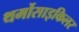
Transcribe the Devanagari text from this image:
थर्मोसाइकिलर